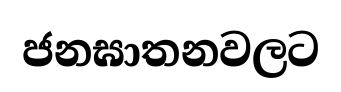
ජනඝාතනවලට